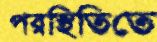
পরস্থিতিতে